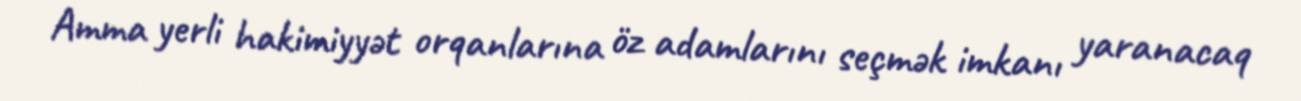
Amma yerli hakimiyyət orqanlarına öz adamlarını seçmək imkanı yaranacaq